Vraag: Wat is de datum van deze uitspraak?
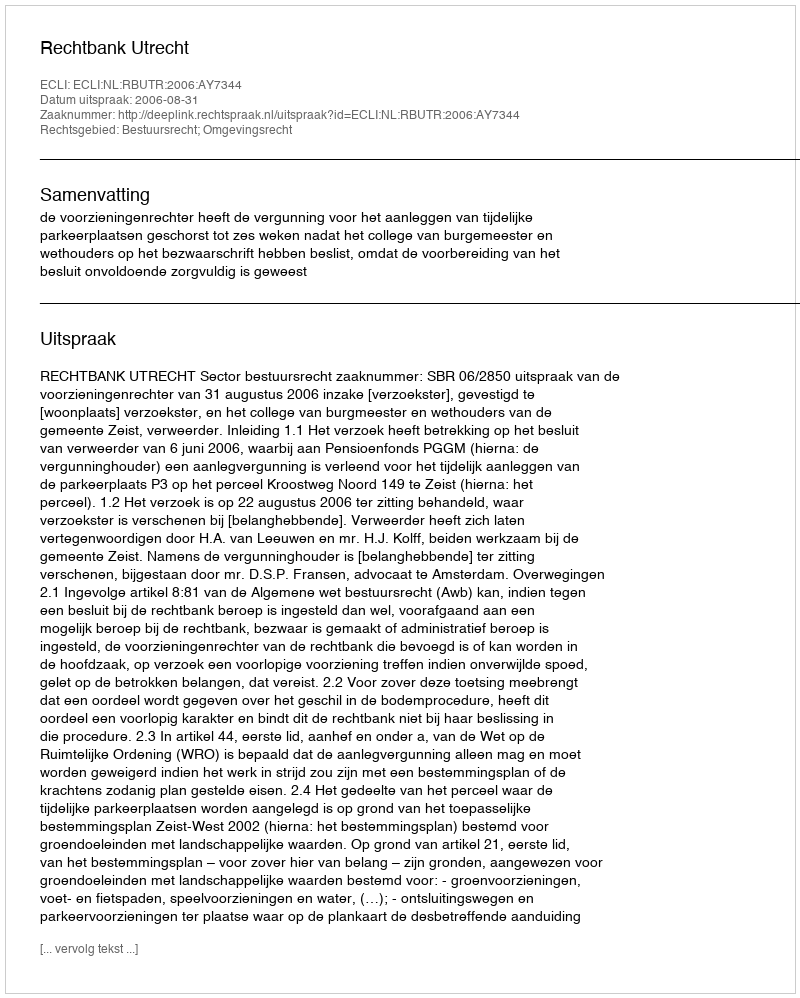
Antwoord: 2006-08-31